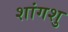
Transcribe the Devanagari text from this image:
शांगशु